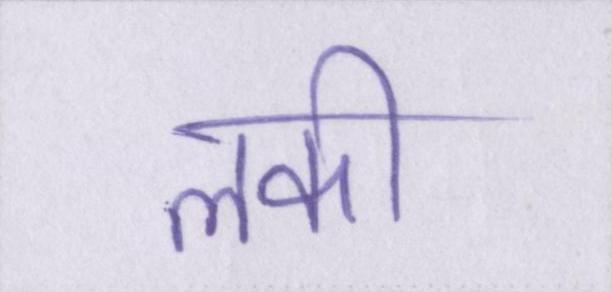
लकी